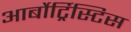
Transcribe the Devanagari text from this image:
आर्बोर्ट्रिस्टिस